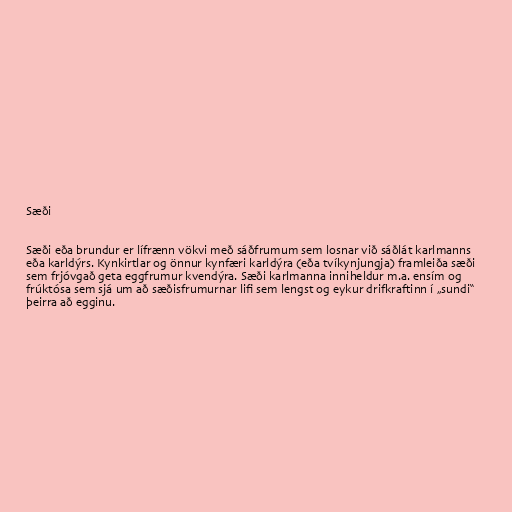
Sæði

Sæði eða brundur er lífrænn vökvi með sáðfrumum sem losnar við sáðlát karlmanns
eða karldýrs. Kynkirtlar og önnur kynfæri karldýra (eða tvíkynjungja) framleiða sæði
sem frjóvgað geta eggfrumur kvendýra. Sæði karlmanna inniheldur m.a. ensím og
frúktósa sem sjá um að sæðisfrumurnar lifi sem lengst og eykur drifkraftinn í „sundi“
þeirra að egginu.